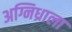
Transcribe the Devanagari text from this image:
अग्निध्राला